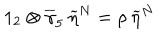
LaTeX: 1 _ { 2 } \otimes \overline { { { \gamma } } } _ { 5 } \: \widetilde { \eta } ^ { N } = \rho \: \widetilde { \eta } ^ { N }